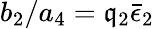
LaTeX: b_{2}/a_{4}=\mathfrak{q}_{2}\bar{{\epsilon}}_{2}